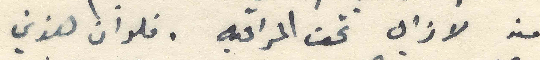
منه لا زال تحت المراقبه. فلو ان هذين